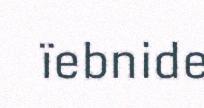
ïebnide